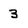
Character: 3